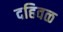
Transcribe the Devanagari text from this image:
दहिवळ